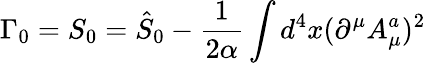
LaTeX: \Gamma_{0}=S_{0}=\hat{S}_{0}-\frac 1{2\alpha}\int d^{4}x(\partial^{\mu}A_{\mu}^{a})^{2}